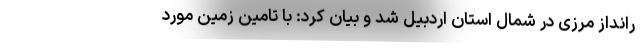
رانداز مرزی در شمال استان اردبیل شد و بیان کرد: با تامین زمین مورد